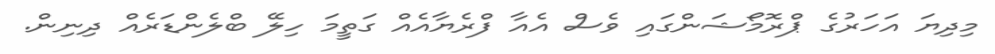
މިދިޔަ އަހަރުގެ ޕްރޮމޯޝަންގައި ވެސް އެއާ ފްރެޔާއެއް ގަތީމަ ހިލޭ ބްލެންޑަރެއް ދިނިން.